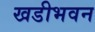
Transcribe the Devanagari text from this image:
खडीभवन